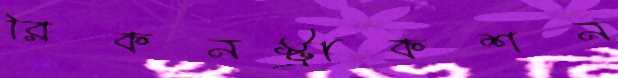
রিকনস্ট্রাকশন